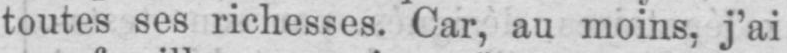
toutes ses richesses. Car, au moins, j’ai